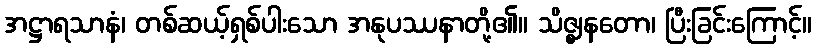
အဋ္ဌာရသာနံ၊ တစ်ဆယ့်ရှစ်ပါးသော အနုပဿနာတို့၏။ သိဇ္ဈနတော၊ ပြီးခြင်းကြောင့်။